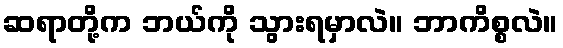
ဆရာတို့က ဘယ်ကို သွားရမှာလဲ။ ဘာကိစ္စလဲ။